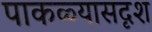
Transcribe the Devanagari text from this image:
पाकळ्यासदृश